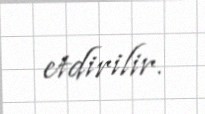
etdirilir.